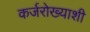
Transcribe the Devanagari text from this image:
कर्जरोख्याशी